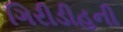
ગિરીડીહની